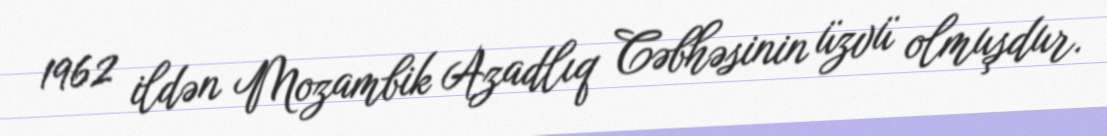
1962 ildən Mozambik Azadlıq Cəbhəsinin üzvü olmuşdur.